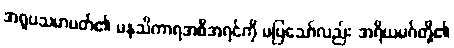
အရူပသမာပတ်၏ မနသိကာရအစီအရင်ကို မပြသော်လည်း အရိယမဂ်တို့၏